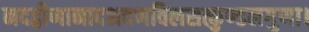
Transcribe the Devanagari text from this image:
नदद्वीणानादश्रवणविलसत्कुण्डलगुणा।